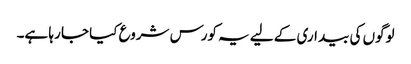
لوگوں کی بیداری کے لیے یہ کورس شروع کیا جا رہا ہے۔